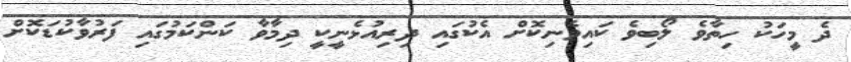
ދެ މީހަކު ހިތާވެ ލޯބިވެ ކައިވެނިކޮށް އެކުގައި ދިރިއުޅެނީކީ ދިމާވާ ކަންކަމުގައި ފަރުވާކުޑަކޮށް